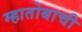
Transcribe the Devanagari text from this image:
म्हातोबाची